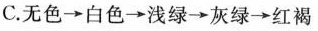
C. 无色 \rightarrow 白色 \rightarrow 浅绿 \rightarrow 灰绿 \rightarrow 红褐